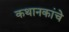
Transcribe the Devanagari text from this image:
कथानकांचे